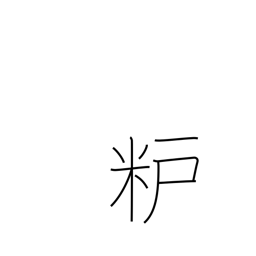
Meaning: rice-bran